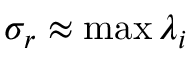
\sigma _ { r } \approx \operatorname* { m a x } \lambda _ { i }